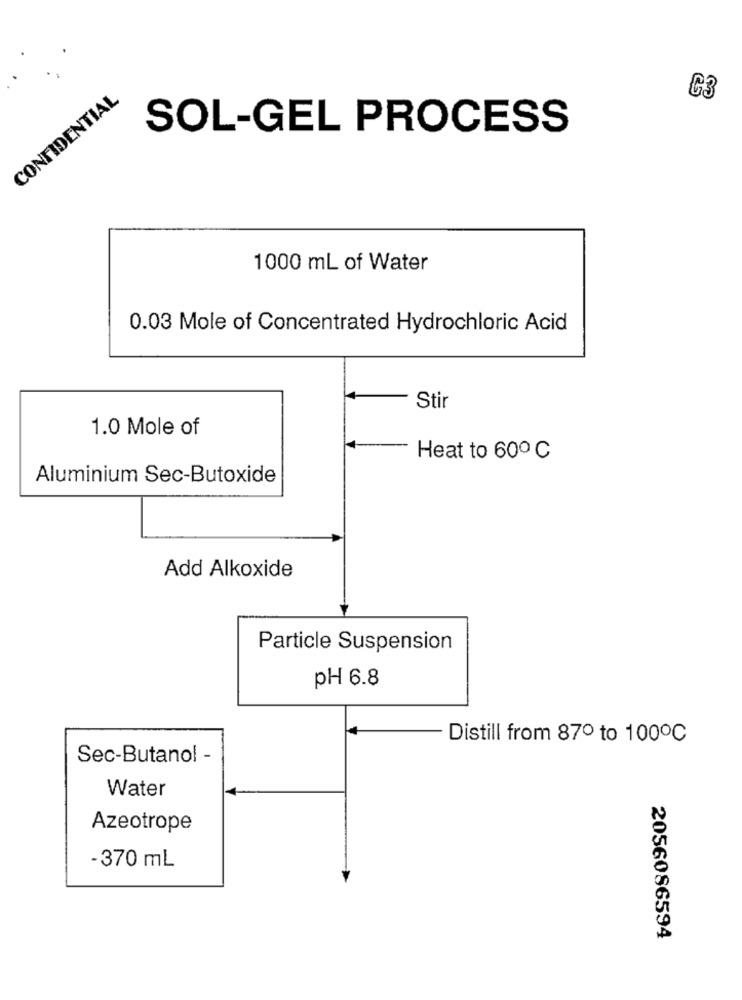
CONFIDENTIAL
G3
SOL-GEL PROCESS
1000 ml of Water
0.03 Mole of Concentrated Hydrochloric Acid
Stir
1.0 Mole of
Heat to 600 ℃
Aluminium Sec-Butoxide
Add Alkoxide
Particle Suspension
pH 6.8
Distill from 87º to 100℃
Sec-Butanol -
Water
Azeotrope
-370 mL
2056086594